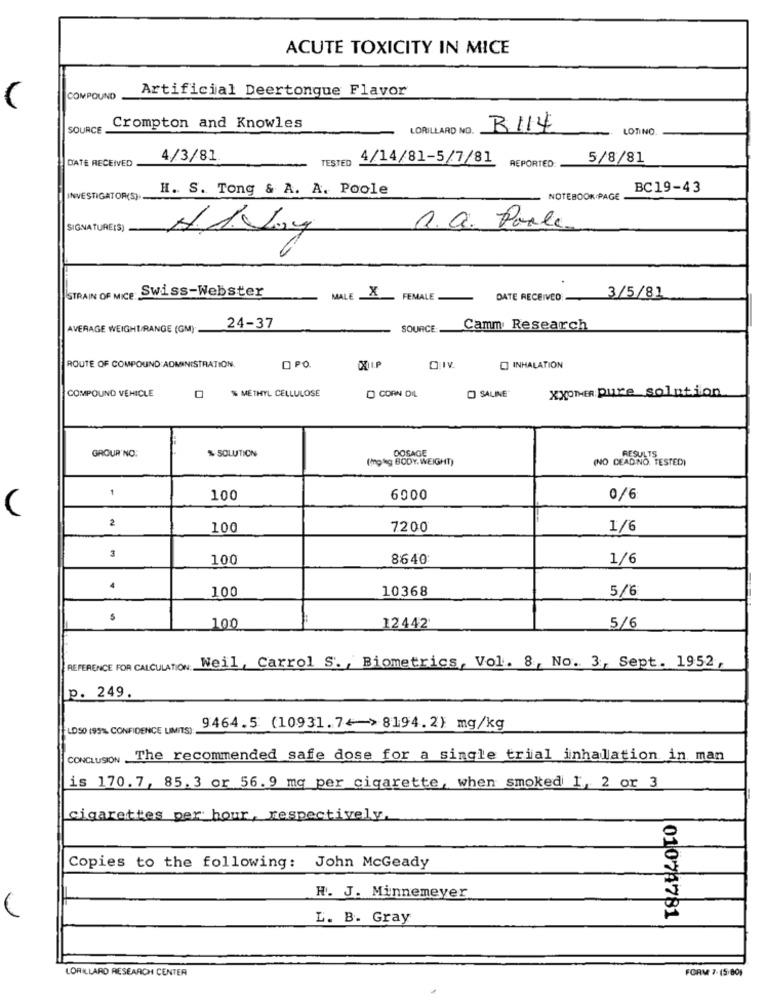
ACUTE TOXICITY IN MICE
Artificial Deertongue Flavor
COMPOUND
SOURCE
Crompton and Knowles
LORILLARD NO.
B114
LOTINO
DATE RECEIVED
4/3/81.
TESTED
4/14/81-5/7/81
REPORTED:
5/8/81
H. S. Tong & A. A. Poole
BC19-43
INVESTIGATOR(S).
NOTEBOOK PAGE
SIGNATURE(S)
Q. Q. Parle.
STRAIN OF MICE Swiss-Webster
MALE X
3/5/81
FEMALE
DATE RECEIVED:
AVERAGE WEIGHT/RANGE (GM).
24-37
SOURCE:
Camm Research
ROUTE OF COMPOUND: ADMINISTRATION.
O PO
INHALATION
COMPOUND VEHICLE
SALINE
xxomMER pure solution
0 % METHYL CELLULOSE
D CORN DIL
GROUR'NO:
% SOLUTION
(mp kg BODY. WEIGHT)
DOSAGE
(NO DEADNO. TESTED)
RESULTS
100
6000
0/6:
(
2
100
7200
1/6
100
8640
1/6
4
100
10368
5/6
100
12442
5/6
REFERENCE FOR CALCULATION Weil, Carrol S. , Biometrics, Vol. 8, No. 3, Sept. 1952,
p. 249.
LOSO (95% CONFIDENCE LIMITS):
9464.5 (10931.74-> 8194.2) mg/kg
CONCLUSION The recommended safe dose for a single trial inhalation in man
is 170.7, 85.3 or 56.9 mq per cigarette, when smoked 1, 2 or 3
cigarettes per hour, respectively.
Copies to the following: John McGeady
H. J. Minnemeyer
L. B. Gray
01071781
LORILLARD RESEARCH CENTER
FORM 7- (5.80%